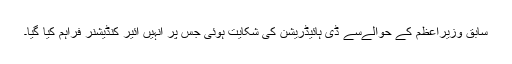
سابق وزیراعظم کے حوالےسے ڈی ہائیڈریشن کی شکایت ہوئی جس پر انہیں ائیر کنڈیشنر فراہم کیا گیا۔